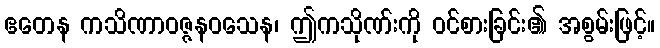
ဧတေန ကသိဏာဝဇ္ဇနဝသေန၊ ဤကသိုဏ်းကို ဝင်စားခြင်း၏ အစွမ်းဖြင့်။